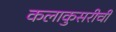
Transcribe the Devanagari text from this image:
कलाकुसरीची